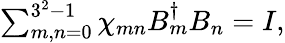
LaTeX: \begin{array}{r}{\sum_{m,n=0}^{3^{2}-1}\chi_{mn}B_{m}^{\dagger}B_{n}=I,}\end{array}